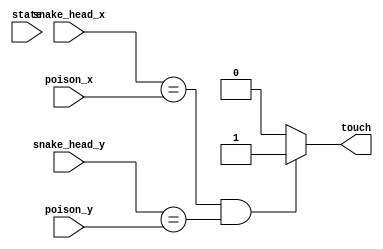
module TouchPoison(touch, snake_head_x, snake_head_y, state, poison_x, poison_y);
output reg touch;
input [2:0] state;
input [3:0] snake_head_x, snake_head_y, poison_x, poison_y;
always @(*)
begin
    if(snake_head_x == poison_x && snake_head_y == poison_y)
        touch = 1;
    else 
        touch = 0;
end
endmodule